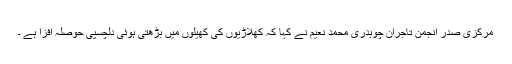
مرکزی صدر انجمن تاجران چوہدری محمد نعیم نے کہا کہ کھلاڑیوں کی کھیلوں میں بڑھتی ہوئی دلچسپی حوصلہ افزا ہے ۔